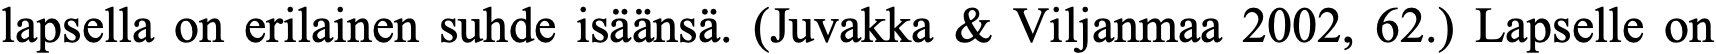
lapsella on erilainen suhde isäänsä. (Juvakka & Viljanmaa 2002, 62.) Lapselle on